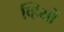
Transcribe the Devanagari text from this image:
व्हियों